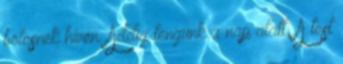
bölcsnek hívén. Addig tengünk a nap alatt, A test